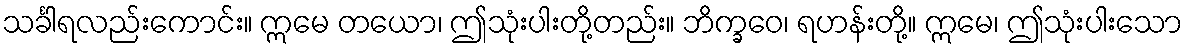
သင်္ခါရလည်းကောင်း။ ဣမေ တယော၊ ဤသုံးပါးတို့တည်း။ ဘိက္ခဝေ၊ ရဟန်းတို့။ ဣမေ၊ ဤသုံးပါးသော